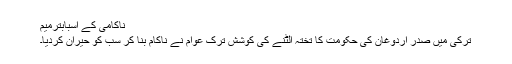
ناکامی کے اسبابترميم
ترکی میں صدر اردوغان کی حکومت کا تختہ الٹنے کی کوشش ترک عوام نے ناکام بنا کر سب کو حیران کردیا۔